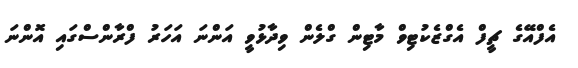
އެފްއޭގެ ޗީފް އެގްޒެކުޓިވް މާޓިން ގްލެން ވިދާޅުވީ އަންނަ އަހަރު ފްރާންސްގައި އޮންނަ